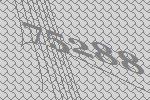
75288